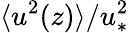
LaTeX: \langle u^{2}(z)\rangle/u_{\ast}^{2}